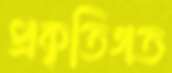
প্রকৃতিগত